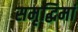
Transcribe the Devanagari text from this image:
समृद्धिमां